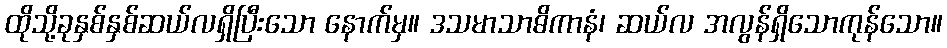
ထိုသို့ခုနှစ်နှစ်ဆယ်လရှိပြီးသော နောက်မှ။ ဒသမာသာဓိကာနံ၊ ဆယ်လ အလွန်ရှိသောကုန်သော။